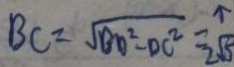
B C = \sqrt { B D ^ { 2 } - D C ^ { 2 } } = 2 \sqrt { 5 }